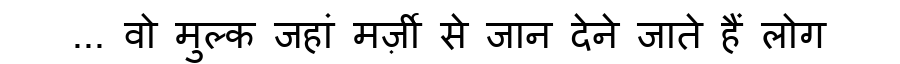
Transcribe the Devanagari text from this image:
... वो मुल्क जहां मर्ज़ी से जान देने जाते हैं लोग